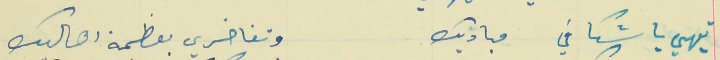
تيهي يا شكا في مباديك                                           وتفاخري بعظمة اهاليك